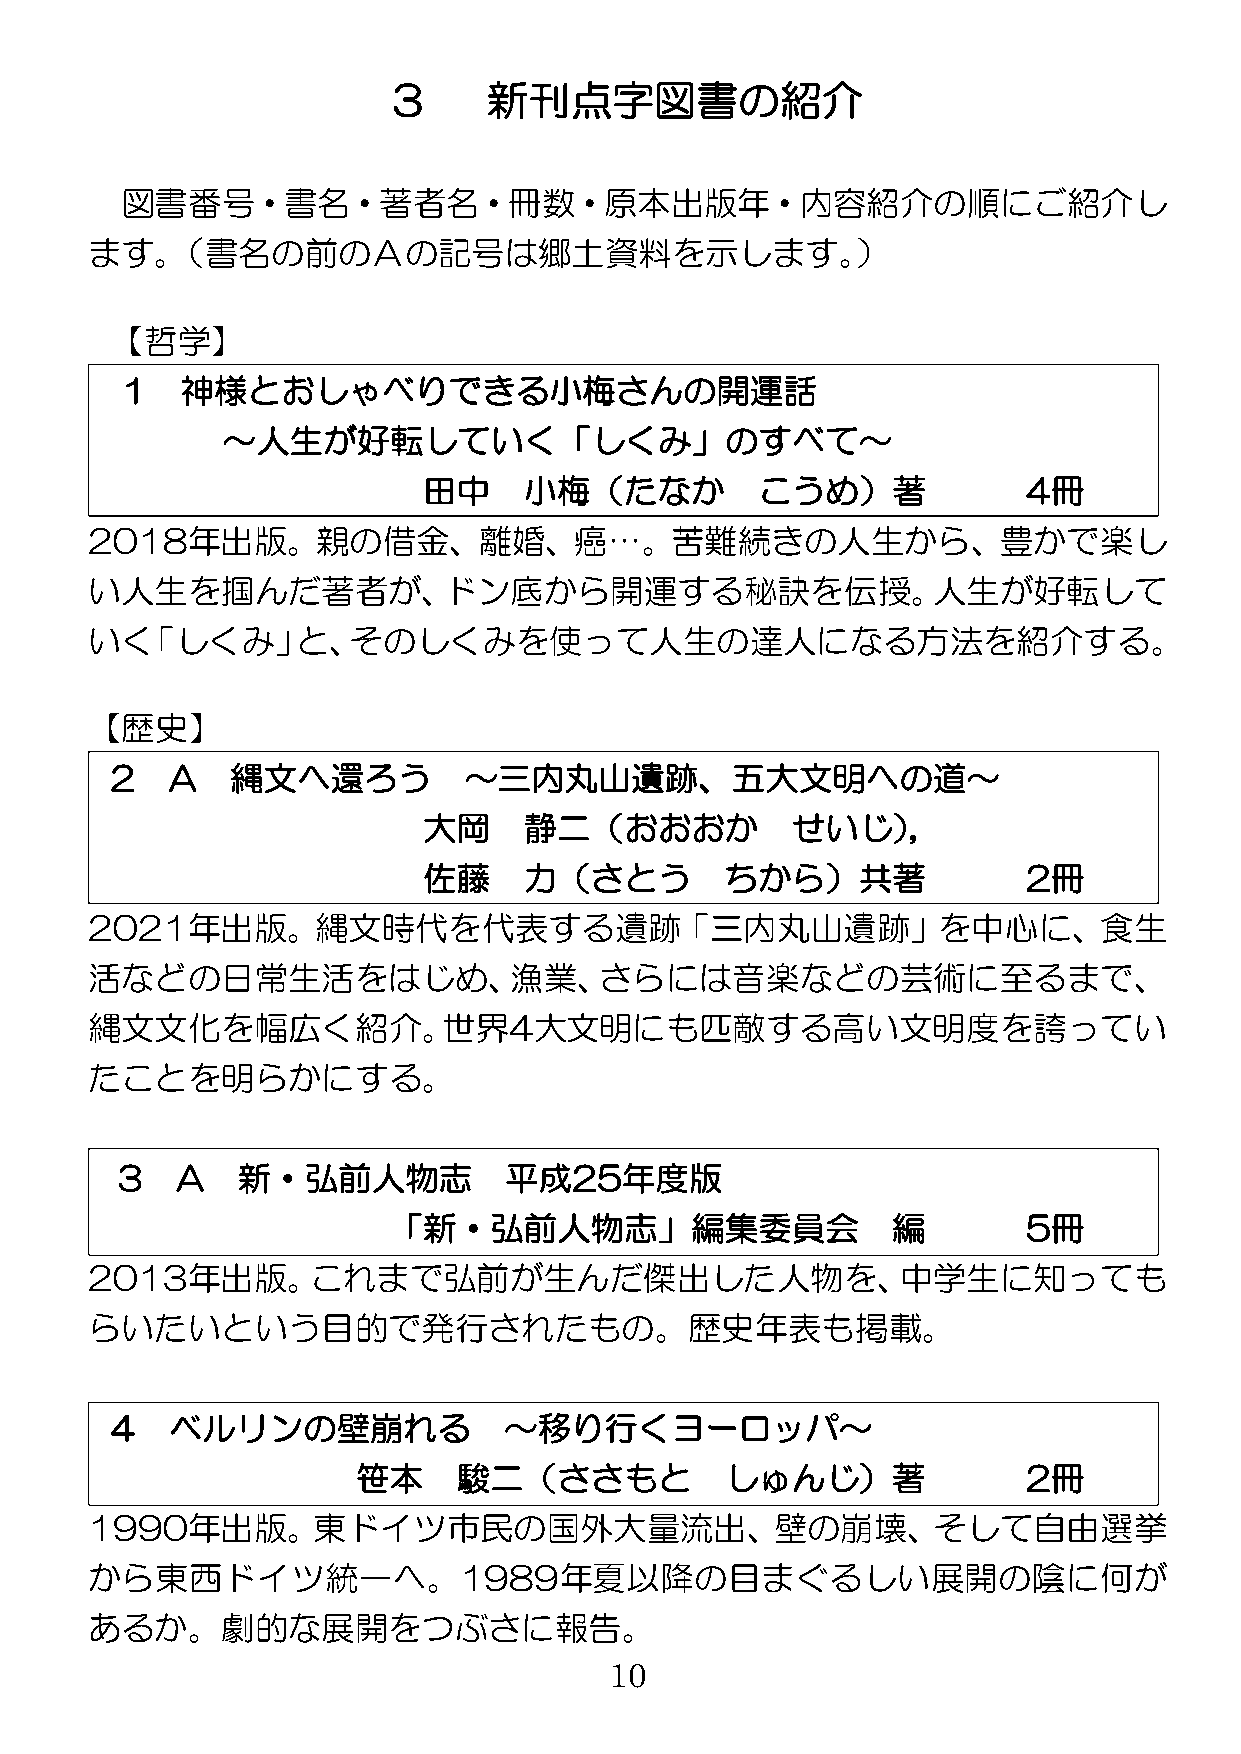
3     新刊点字図書の紹介
 図書番号・書名・著者名・冊数・原本出版年・内容紹介の順にご紹介し
 ます。（書名の前のＡの記号は郷土資料を示します。）
 【哲学】
 1   神様とおしゃべりできる小梅さんの開運話
 ～人生が好転していく「しくみ」のすべて～
 田中     小梅（たなか         こうめ）著             4冊
 2018年出版。親の借金、離婚、癌…。苦難続きの人生から、豊かで楽し
 い人生を掴んだ著者が、ドン底から開運する秘訣を伝授。人生が好転して
 いく「しくみ」と、そのしくみを使って人生の達人になる方法を紹介する。
 【歴史】
 2   A   縄文へ還ろう          ～三内丸山遺跡、五大文明への道～
 大岡     静二（おおおか          せいじ），
 佐藤     力（さとう        ちから）共著              2冊
 2021年出版。縄文時代を代表する遺跡「三内丸山遺跡」を中心に、食生
 活などの日常生活をはじめ、漁業、さらには音楽などの芸術に至るまで、
 縄文文化を幅広く紹介。世界4大文明にも匹敵する高い文明度を誇ってい
 たことを明らかにする。
 3   A   新・弘前人物志          平成25年度版
 「新・弘前人物志」編集委員会                   編        5冊
 2013年出版。これまで弘前が生んだ傑出した人物を、中学生に知っても
 らいたいという目的で発行されたもの。歴史年表も掲載。
 4   ベルリンの壁崩れる             ～移り行くヨーロッパ～
 笹本    駿二（ささもと           しゅんじ）著              2冊
 1990年出版。東ドイツ市民の国外大量流出、壁の崩壊、そして自由選挙
 から東西ドイツ統一へ。1989年夏以降の目まぐるしい展開の陰に何が
 あるか。劇的な展開をつぶさに報告。
 10